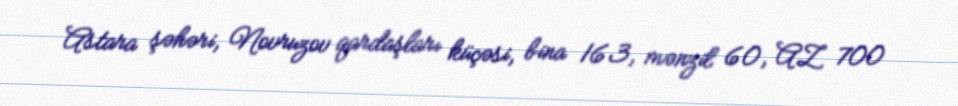
Astara şəhəri, Novruzov qardaşları küçəsi, bina 163, mənzil 60, AZ 700